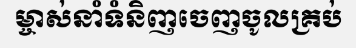
ម្ចាស់នាំទំនិញចេញចូលគ្រប់